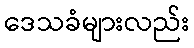
ဒေသခံများလည်း